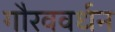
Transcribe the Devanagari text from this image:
गौरववर्धन